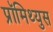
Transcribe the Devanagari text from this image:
प्रॉमिथ्युस